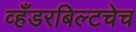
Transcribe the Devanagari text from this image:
व्हँडरबिल्टचेच